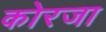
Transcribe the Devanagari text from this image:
कोरजा